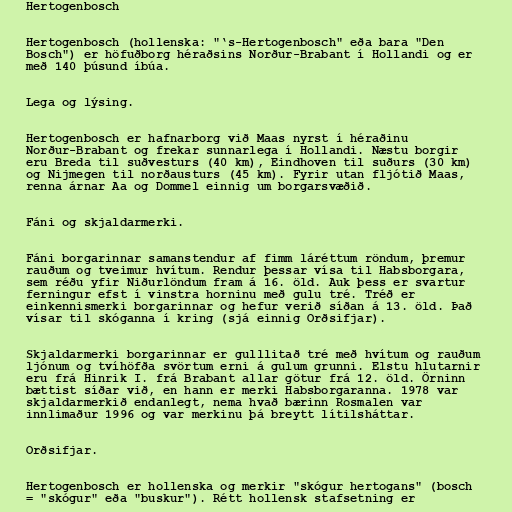
Hertogenbosch

Hertogenbosch (hollenska: "‘s-Hertogenbosch" eða bara "Den
Bosch") er höfuðborg héraðsins Norður-Brabant í Hollandi og er
með 140 þúsund íbúa.

Lega og lýsing.

Hertogenbosch er hafnarborg við Maas nyrst í héraðinu
Norður-Brabant og frekar sunnarlega í Hollandi. Næstu borgir
eru Breda til suðvesturs (40 km), Eindhoven til suðurs (30 km)
og Nijmegen til norðausturs (45 km). Fyrir utan fljótið Maas,
renna árnar Aa og Dommel einnig um borgarsvæðið.

Fáni og skjaldarmerki.

Fáni borgarinnar samanstendur af fimm láréttum röndum, þremur
rauðum og tveimur hvítum. Rendur þessar vísa til Habsborgara,
sem réðu yfir Niðurlöndum fram á 16. öld. Auk þess er svartur
ferningur efst í vinstra horninu með gulu tré. Tréð er
einkennismerki borgarinnar og hefur verið síðan á 13. öld. Það
vísar til skóganna í kring (sjá einnig Orðsifjar).

Skjaldarmerki borgarinnar er gulllitað tré með hvítum og rauðum
ljónum og tvíhöfða svörtum erni á gulum grunni. Elstu hlutarnir
eru frá Hinrik I. frá Brabant allar götur frá 12. öld. Örninn
bættist síðar við, en hann er merki Habsborgaranna. 1978 var
skjaldarmerkið endanlegt, nema hvað bærinn Rosmalen var
innlimaður 1996 og var merkinu þá breytt lítilsháttar.

Orðsifjar.

Hertogenbosch er hollenska og merkir "skógur hertogans" (bosch
= "skógur" eða "buskur"). Rétt hollensk stafsetning er